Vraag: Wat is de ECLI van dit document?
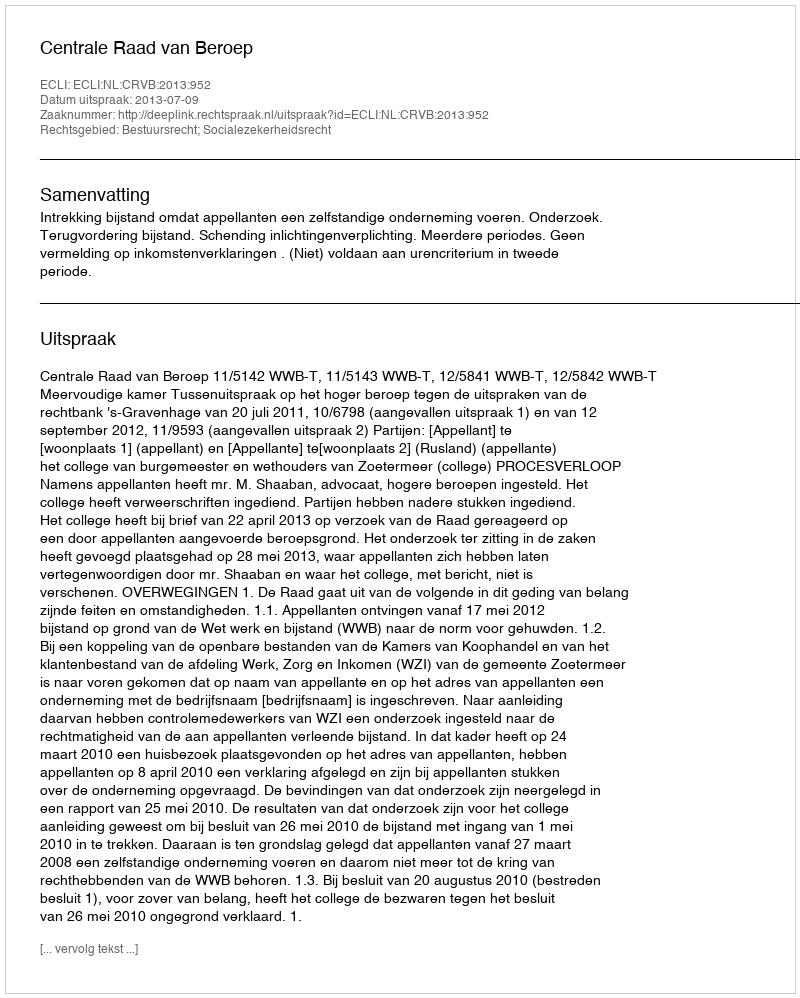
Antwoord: ECLI:NL:CRVB:2013:952